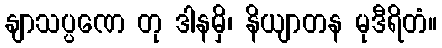
နျာသပ္ပဏေ တု ဒါနမှိ၊ နိယျာတန မုဒီရိတံ။